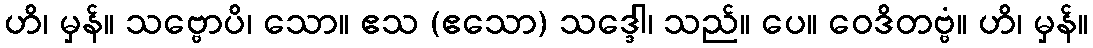
ဟိ၊ မှန်။ သဗ္ဗောပိ၊ သော။ ဧသ (ဧသော) သဒ္ဒေါ၊ သည်။ ပေ။ ဝေဒိတဗ္ဗံ။ ဟိ၊ မှန်။